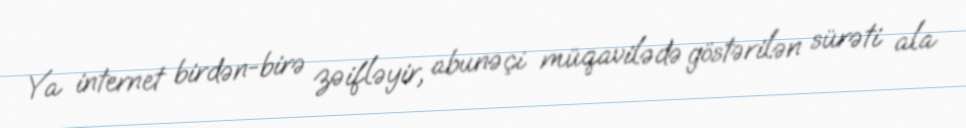
Ya internet birdən-birə zəifləyir, abunəçi müqavilədə göstərilən sürəti ala